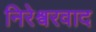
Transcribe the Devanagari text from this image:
निरेश्वरवाद